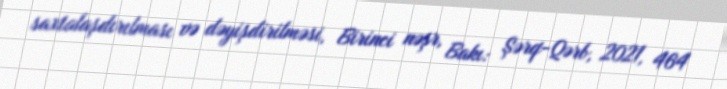
saxtalaşdırılması və dəyişdirilməsi, Birinci nəşr, Bakı: Şərq-Qərb, 2021, 464